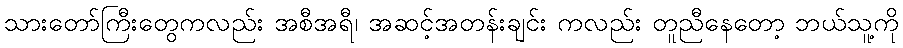
သားတော်ကြီးတွေကလည်း အစီအရီ၊ အဆင့်အတန်းချင်း ကလည်း တူညီနေတော့ ဘယ်သူ့ကို